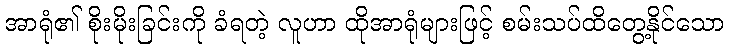
အာရုံ၏ စိုးမိုးခြင်းကို ခံရတဲ့ လူဟာ ထိုအာရုံများဖြင့် စမ်းသပ်ထိတွေ့နိုင်သော